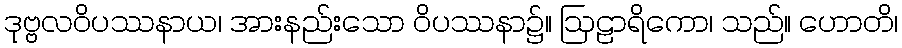
ဒုဗ္ဗလဝိပဿနာယ၊ အားနည်းသော ဝိပဿနာ၌။ ဩဠာရိကော၊ သည်။ ဟောတိ၊